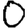
Digit: 0